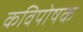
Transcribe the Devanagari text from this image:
कविपोषक